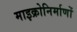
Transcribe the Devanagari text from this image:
माइक्रोनिर्माणों